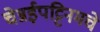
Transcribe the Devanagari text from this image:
चेन्नईपट्टिनमचे